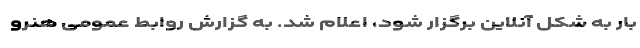
بار به شکل آنلاین برگزار شود، اعلام شد. به گزارش روابط عمومی هنرو